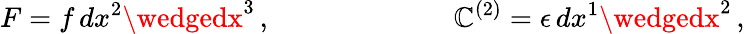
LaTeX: F=f\, dx^{2}\wedgedx^{3}\, ,\ \ \ \ \ \ \ \ \ \ \ \ \ \ \ \ \ \ \ \ \ \ \ \ \, \ \mathbb{C}^{\left(2\right)}=\epsilon\, dx^{1}\wedgedx^{2}\, ,